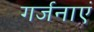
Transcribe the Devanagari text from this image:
गर्जनाएं